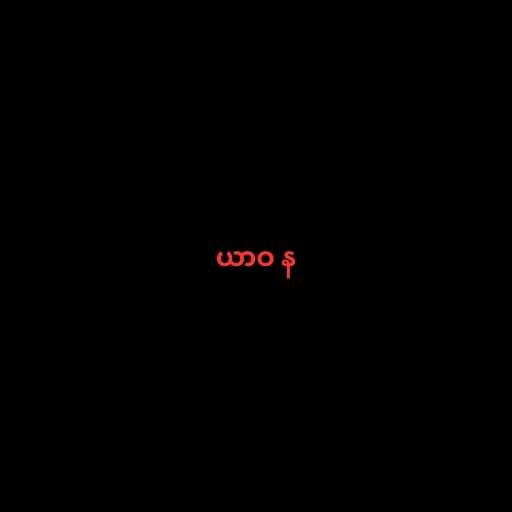
ယာဝ န